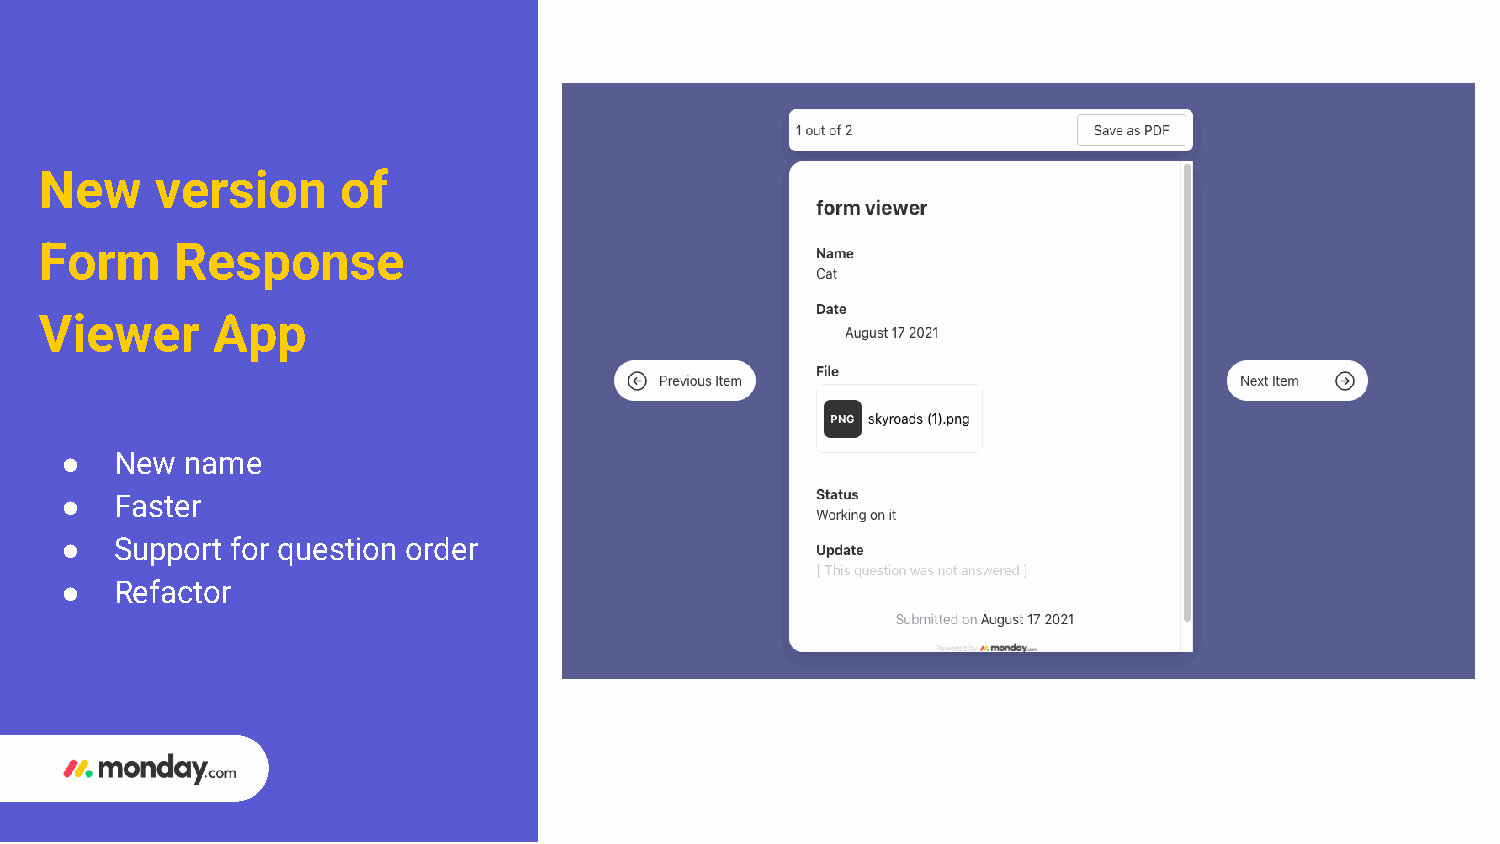
New    version      of
 Form     Response
 Viewer     App
 ●   New name
 ●   Faster
 ●   Support for question order
 ●   Refactor